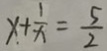
x + \frac { 1 } { x } = \frac { 5 } { 2 }